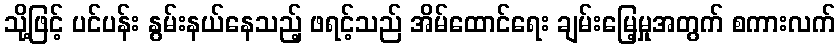
သို့ဖြင့် ပင်ပန်း နွမ်းနယ်နေသည့် ဖရင့်သည် အိမ်ထောင်ရေး ချမ်းမြေ့မှုအတွက် စကားလက်